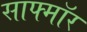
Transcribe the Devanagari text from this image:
साफ्मॉर